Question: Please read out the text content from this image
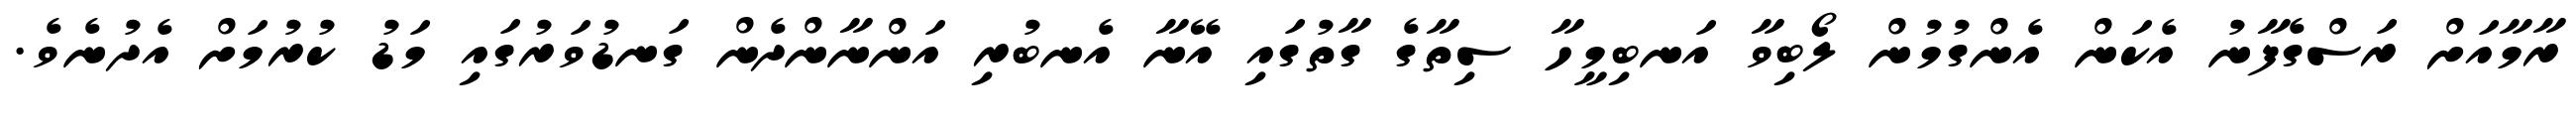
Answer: ރާމާއަށް ރަސްގެފާނު އެކަން އެންގުމުން ލޯބިވާ އަނބިމީހާ ސިތާގެ ގާތުގައި އޭނާ އެނބުރި އަންނާންދެން ގަނޑުވަރުގައި މަޑު ކުރުމަށް އެދުނެވެ.